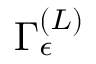
{ \Gamma } _ { \epsilon } ^ { \left( L \right) }